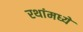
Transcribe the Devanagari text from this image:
रथांमध्ये